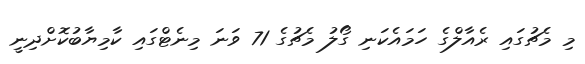
މި މެޗުގައި ރެއާލްގެ ހަމައެކަނި ގޯލު މެޗުގެ 71 ވަނަ މިނެޓްގައި ކާމިޔާބުކޮށްދިނީ